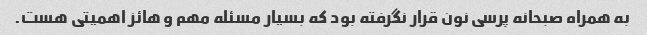
به همراه صبحانه پرسی نون قرار نگرفته بود که بسیار مسئله مهم و هائز اهمیتی هست.